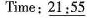
Time:\underline{21:55}